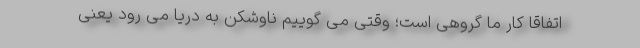
اتفاقاً کار ما گروهی است؛ وقتی می گوییم ناوشکن به دریا می رود یعنی